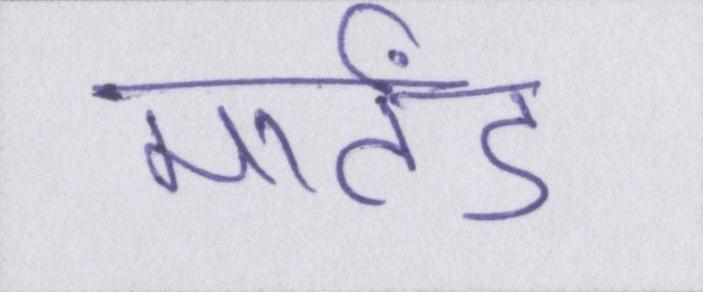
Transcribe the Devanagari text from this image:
मार्तंड